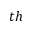
t h